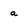
Character: a